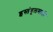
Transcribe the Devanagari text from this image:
इस्तंबूलसाठी